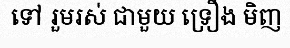
ទៅ រួមរស់ ជាមួយ ទ្រឿង មិញ